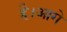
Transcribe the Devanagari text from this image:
है।आगे